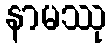
နာမဿု